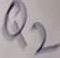
Text: Q2